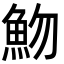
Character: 魩